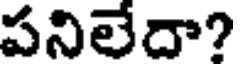
పనిలేదా?